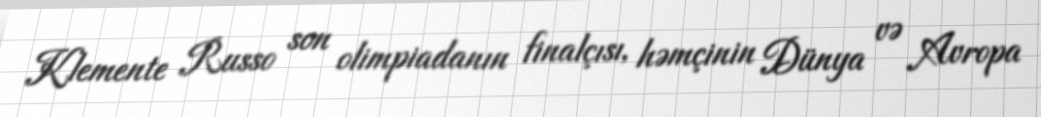
Klemente Russo son olimpiadanın finalçısı, həmçinin Dünya və Avropa